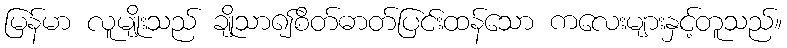
မြန်မာ လူမျိုးသည် ချိုသာ၍စိတ်ဓာတ်ပြင်းထန်သော ကလေးများနှင့်တူသည်။